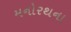
મનોરથના